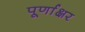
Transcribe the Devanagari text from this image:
पूर्णाक्षर